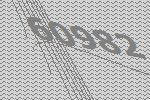
60982